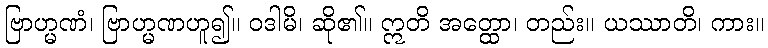
ဗြာဟ္မဏံ၊ ဗြာဟ္မဏဟူ၍။ ဝဒါမိ၊ ဆို၏။ ဣတိ အတ္ထော၊ တည်း။ ယဿာတိ၊ ကား။